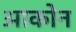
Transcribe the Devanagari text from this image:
आकोन